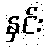
နှင်း